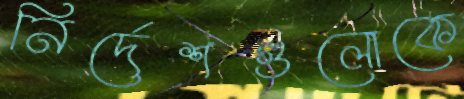
নির্দেশগুলোকে